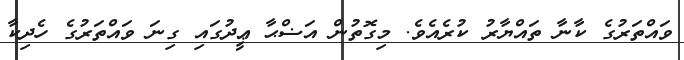
ވައްތަރުގެ ކާނާ ތައްޔާރު ކުރެއެވެ. މިގޮތުން އަޟްޙާ ޢީދުގައި ގިނަ ވައްތަރުގެ ހެދިކާ